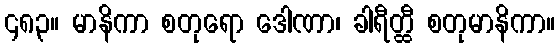
၄၈၃။ မာနိကာ စတုရော ဒေါဏာ၊ ခါရီတ္ထီ စတုမာနိကာ။